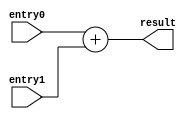
module addB (output reg [31:0] result, input [31:0] entry1, entry0);
  
  always @(entry1, entry0)
  result = entry0 + entry1 ;
endmodule